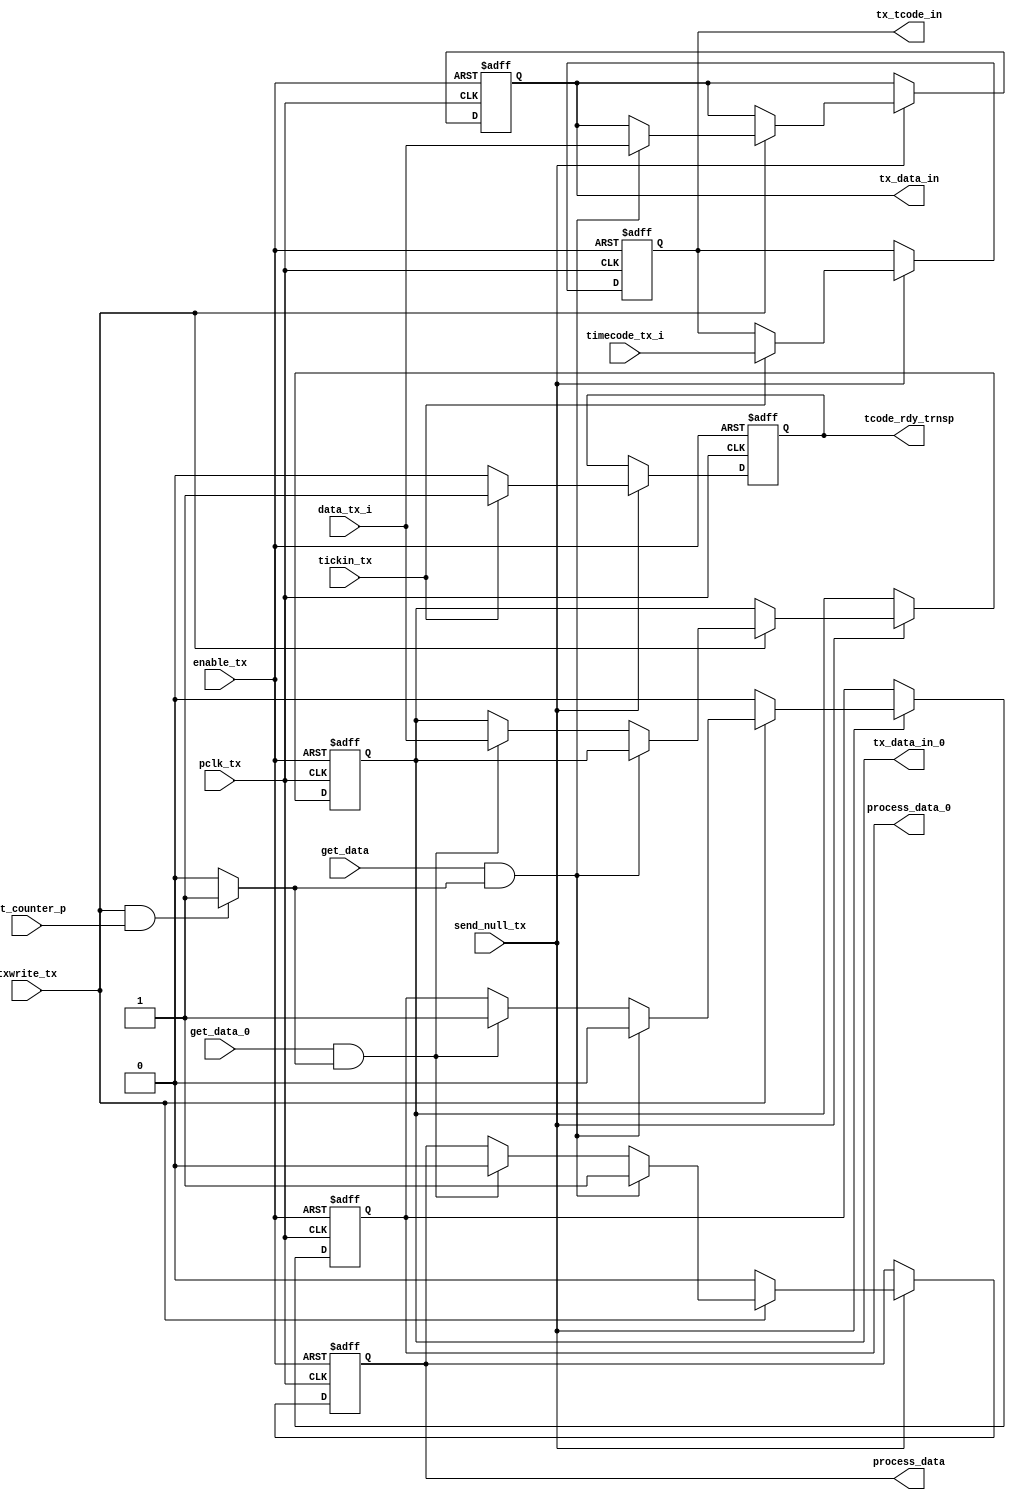
module tx_data_send(
			input pclk_tx,
			input send_null_tx,
			input enable_tx,

			input get_data,
			input get_data_0,

			input [7:0] timecode_tx_i,
			input tickin_tx,

			input [8:0] data_tx_i,
			input txwrite_tx,
			
			input fct_counter_p,

			output reg [8:0]  tx_data_in,
			output reg [8:0]  tx_data_in_0,

			output reg process_data,
			output reg process_data_0,

			output reg [7:0]  tx_tcode_in,
			output reg tcode_rdy_trnsp

		   );

	wire process_data_en;

	assign process_data_en = (txwrite_tx & fct_counter_p)?1'b1:1'b0;

always@(posedge pclk_tx or negedge enable_tx)
begin

	if(!enable_tx)
	begin
		process_data   <= 1'b0;
		process_data_0 <= 1'b0;
	
		tcode_rdy_trnsp <= 1'b0;

		tx_data_in      <= 9'd0;
		tx_data_in_0    <= 9'd0;
		tx_tcode_in     <= 8'd0;
	end
	else if(send_null_tx)
	begin

		if(tickin_tx)
		begin
			tx_tcode_in    <= timecode_tx_i;
			tcode_rdy_trnsp <= 1'b1;
		end
		else
		begin
			tx_tcode_in    <= tx_tcode_in;
			tcode_rdy_trnsp <= 1'b0;
		end

		if(!txwrite_tx)
		begin
			process_data   <= 1'b0;	
			process_data_0 <= 1'b0;	
		end
		else if(get_data && process_data_en)
		begin
			tx_data_in     <= data_tx_i;
			process_data   <= 1'b1;	
			process_data_0 <= 1'b0;		
		end
		else if(get_data_0 && process_data_en)
		begin
			tx_data_in_0   <= data_tx_i;
			process_data   <= 1'b0;	
			process_data_0 <= 1'b1;
		end
		else
		begin
			tx_data_in_0   <= tx_data_in_0;
			tx_data_in     <= tx_data_in;
			process_data   <= process_data;	
			process_data_0 <= process_data_0;
		end
	end
end

endmodule